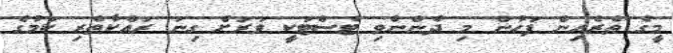
މީގެ ތެރެއިން ފަހުން މި ދެންނެވި ޓެސްޓަކީ ވަރަށް ގިނަ ރައްކާތެރި ކަމުގެ